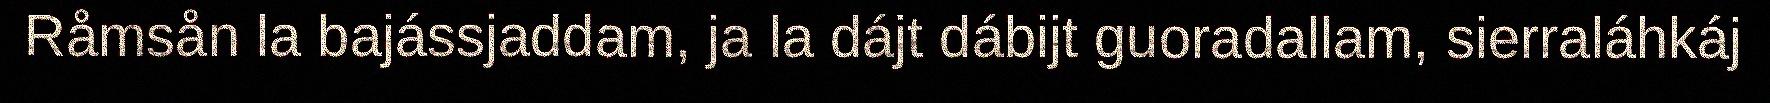
Råmsån la bajássjaddam, ja la dájt dábijt guoradallam, sierraláhkáj